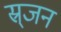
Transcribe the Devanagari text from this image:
स्र्जन